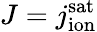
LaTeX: J=j_{\mathrm{ion}}^{\mathrm{sat}}